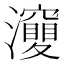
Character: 𤄘